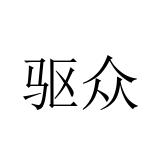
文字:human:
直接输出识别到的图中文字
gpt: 驱众